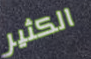
الكثير